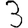
Digit: 3